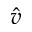
\hat { v }